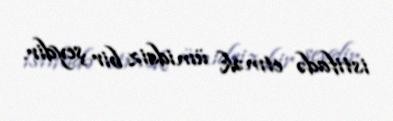
istifadə etmək ümidsiz bir şeydir.